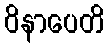
ဝိနာပေတိ